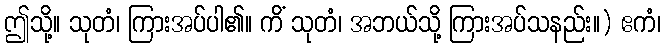
ဤသို့။ သုတံ၊ ကြားအပ်ပါ၏။ ကိံ သုတံ၊ အဘယ်သို့ ကြားအပ်သနည်း။) ဧကံ၊